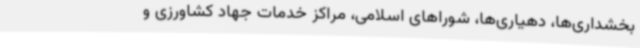
بخشداری‌ها، دهیاری‌ها، شوراهای اسلامی، مراکز خدمات جهاد کشاورزی و